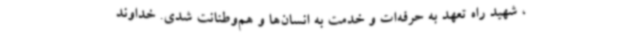
، شهید راه تعهد به حرفه‌ات و خدمت به انسان‌ها و هم‌وطنانت شدی. خداوند